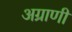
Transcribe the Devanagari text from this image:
अग्राणी